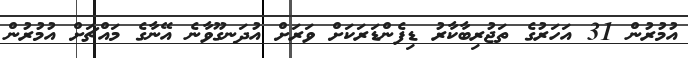
އުމުރުން 31 އަހަރުގެ ތަޖުރިބާކާރު ޑިފެންޑަރަކަށް ވަރަށް އުދަނގޫވާނެ އޭނާގެ މައްޗަށް އުމުރުން